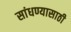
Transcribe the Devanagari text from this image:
सांधण्यासाठी